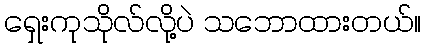
ရှေးကုသိုလ်လို့ပဲ သဘောထားတယ်။